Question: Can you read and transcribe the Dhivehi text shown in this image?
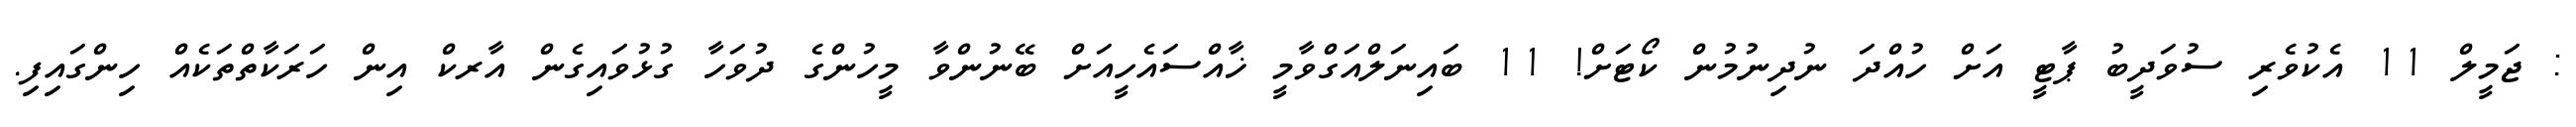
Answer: : ޖަމީލް 11 އެކުވެރި ސުވަދީބު ޕާޓީ އަށް ހުއްދަ ނުދިނުމުން ކޯޓަށް! 11 ބައިނަލްއަގްވާމީ ޚާއްސައެހީއަށް ބޭނުންވާ މީހުންގެ ދުވަހާ ގުޅުވައިގެން އާރކް އިން ހަރަކާތްތަކެއް ހިންގައިފި.